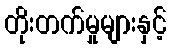
တိုးတက်မှုများနှင့်